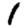
Digit: 1